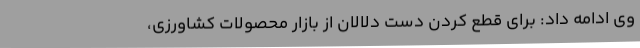
وی ادامه داد: برای قطع کردن دست دلالان از بازار محصولات کشاورزی،